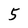
Character: 5